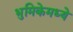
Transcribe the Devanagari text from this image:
भुमिकेमध्ये